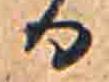
る